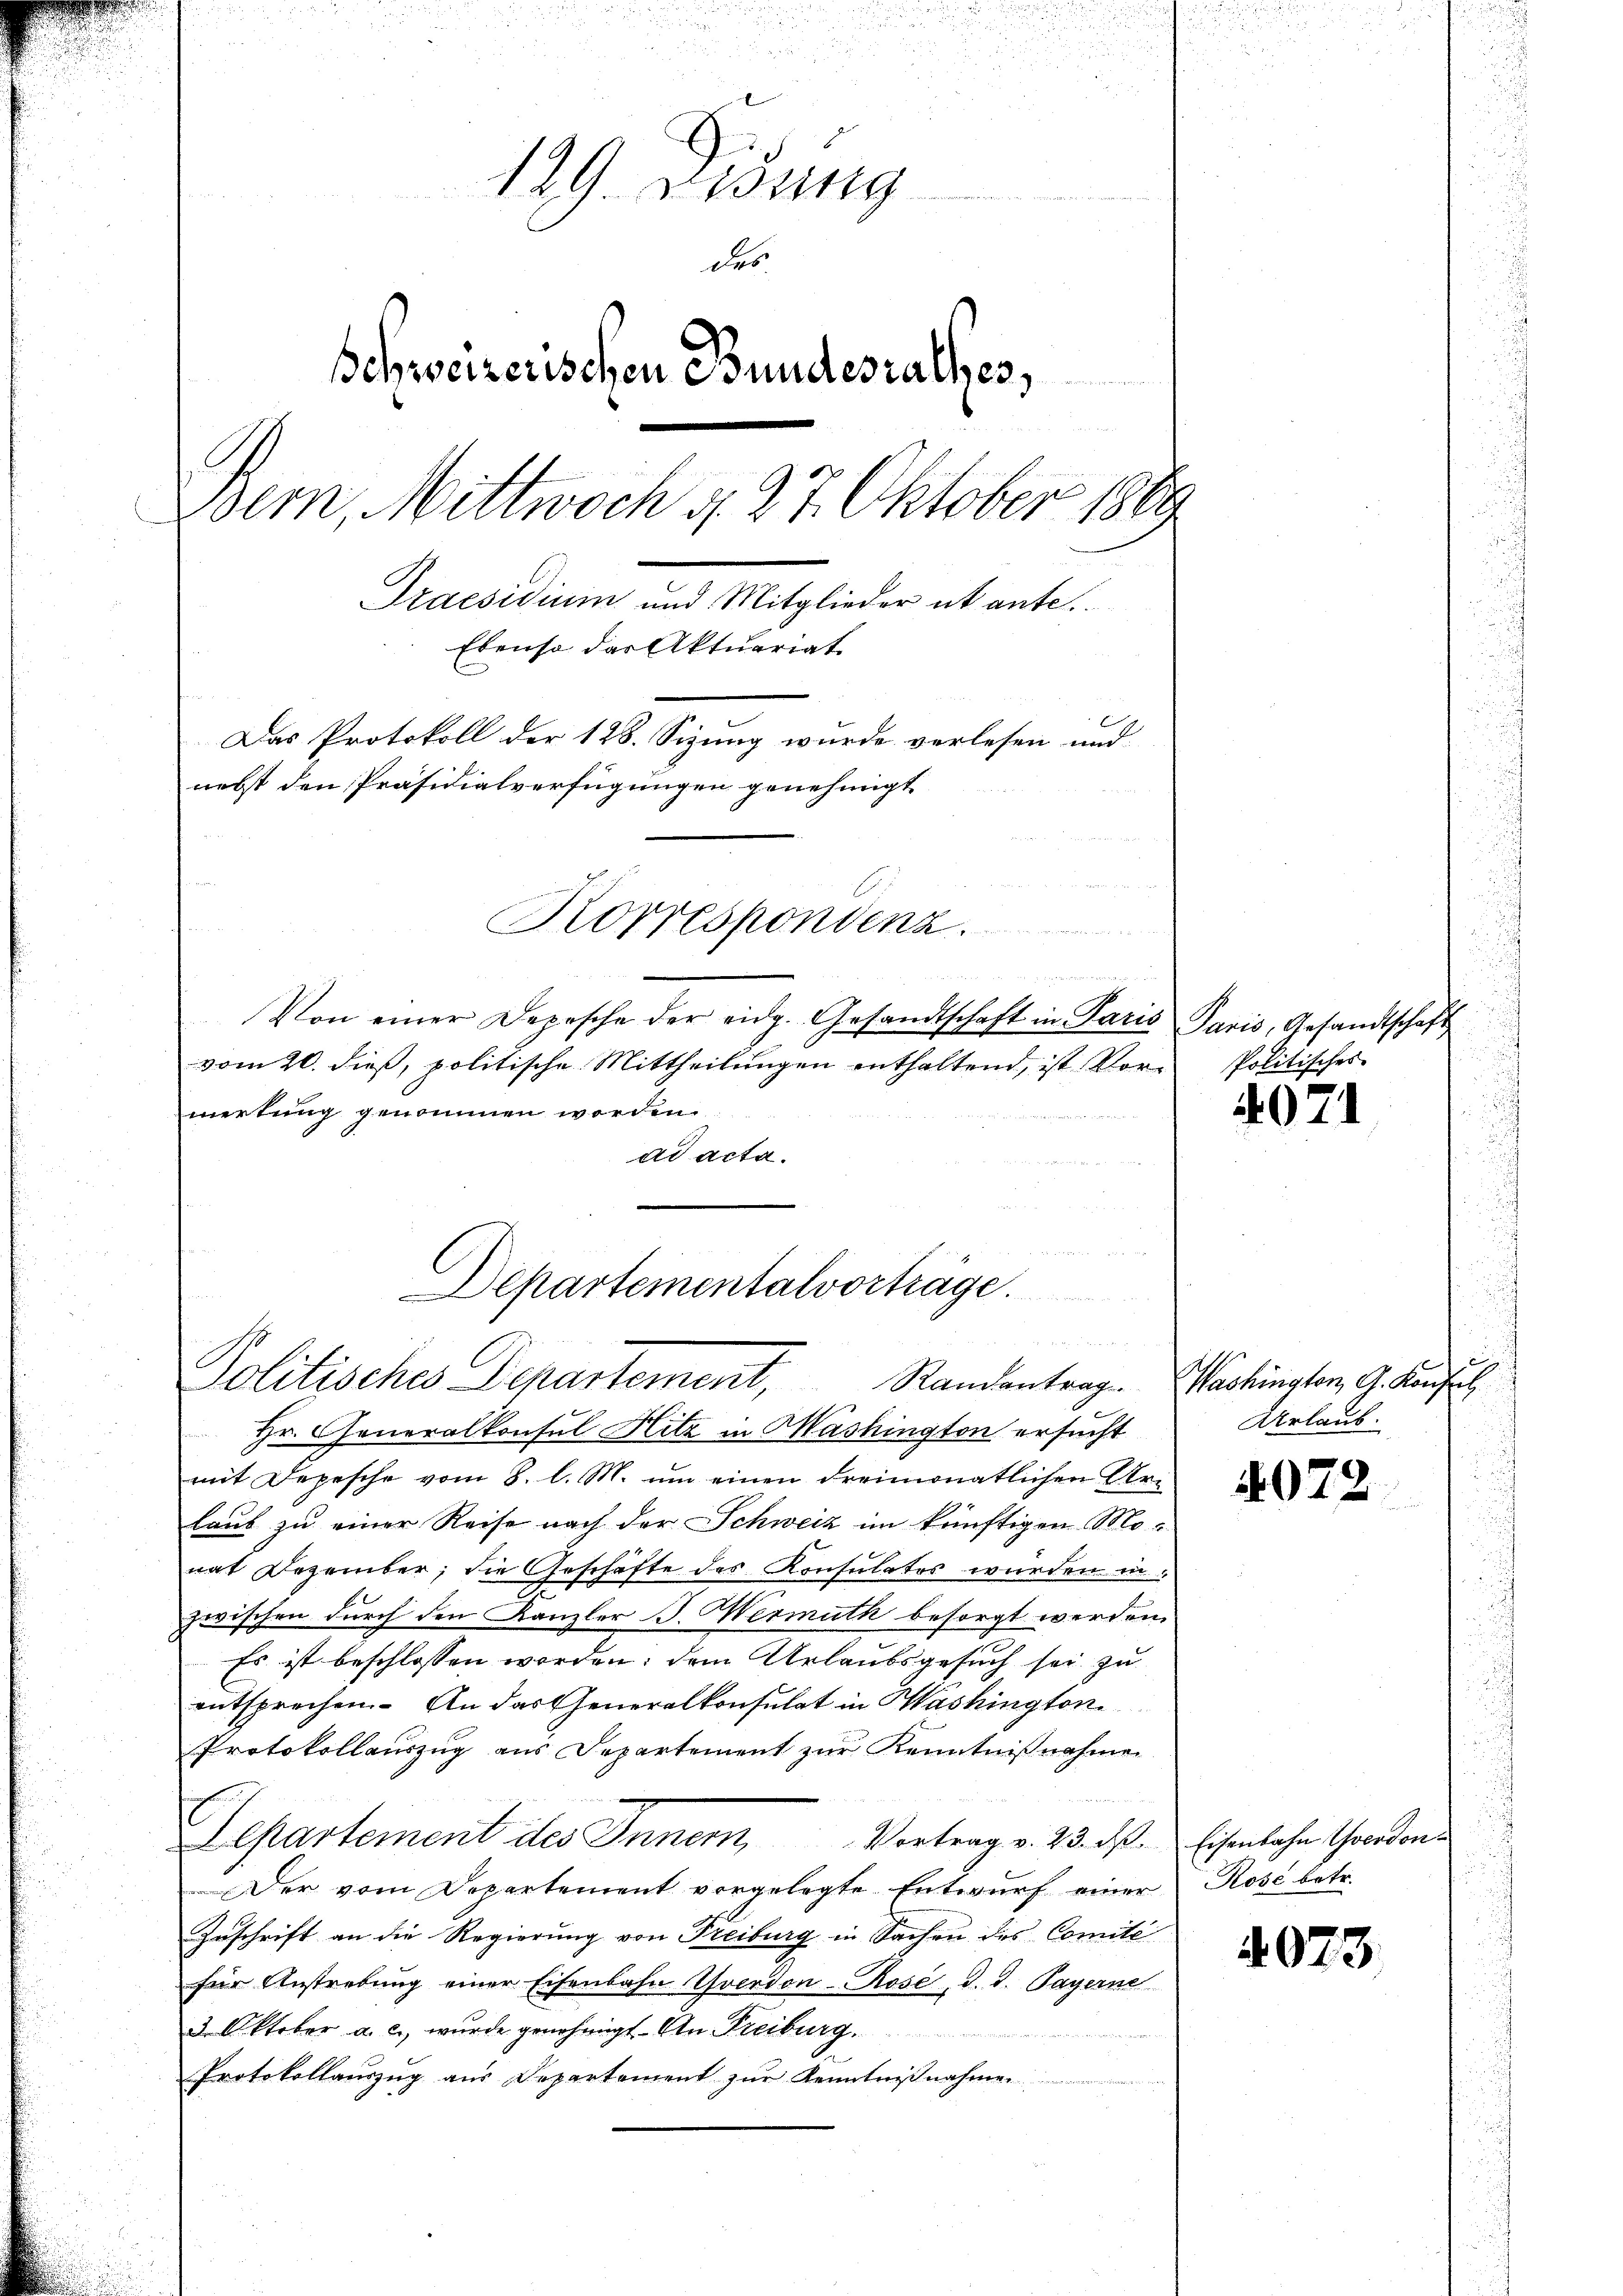
u
129 redung
des
Schweizerischen Bundesrathes,
Bem, Mittwoch d. 27. Oktober 1889
Praesidium und Mitglieder ebente.
Ebenso das Aktuariat
Das Protokoll der 128. Sizung wurde verlesen und
nebst den Präsidialverfügungen genehmigt
Korrespondenz.
n

Von einer Depesche der eidg. Gesandtschaft in Paris
vom 20. dieβ, politische Mittheilŭngen enthaltend, ist Vor- Politisches
merkung genommen worden.
ad acta.
i

Departementalvorträge.

J
Politisches Departement, Randantrag. Washington, G. Kaufst

Hr. Generalkonsul Hitz in Washington ersucht
mit Depesche vom 8. l. M. ŭm einen Freimonatlichen Ar-
laub zu einer Reise nach der Schweiz im künftigen Mo-
nat Dezember, die Geschäfte des Konsulates wurden in
zwischen durch den Kanzler J. Wermuth besorgt werden.
Es ist beschlossen worden; dem Urlaubsgesuch sei zu
entsprechen. An das Generalkonsulat in Washington
Protokollauszug aus Separtement zŭr Kenntniβnahme
Lepartement des Inner, Vortrag v. 23. ds.
Der vom Departement vorgelegte Entwurf einer
Zuschrift an die Regierung von Freiburg in Sachen des Comité
für Anstrebung einer Eisenbahn Yverdon Rose, d. d. Payerne
3 Oktober a. c., wurde genehmigt. An Freiburg.
Protokollauszug aus Departement zur Kenntnißnahmen

Paris, Gesandtschaft

4071

Urlaub.

4072

Eisenbahn Yverdon¬
Röse betr.

4073